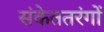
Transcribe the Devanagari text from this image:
संकेततरंगों